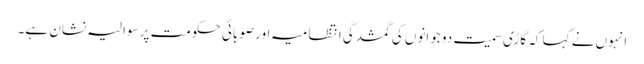
انہوں نے کہا کہ گاڑی سمیت دو جوانوں کی گمشدگی انتظامیہ اور صوبائی حکومت پر سوالیہ نشان ہے۔